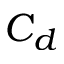
C _ { d }